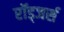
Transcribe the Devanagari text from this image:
रॉड्जर्स